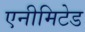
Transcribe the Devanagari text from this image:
एनीमिटेड